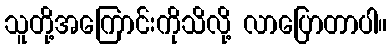
သူတို့အကြောင်းကိုသိလို့ လာပြောတာပါ။